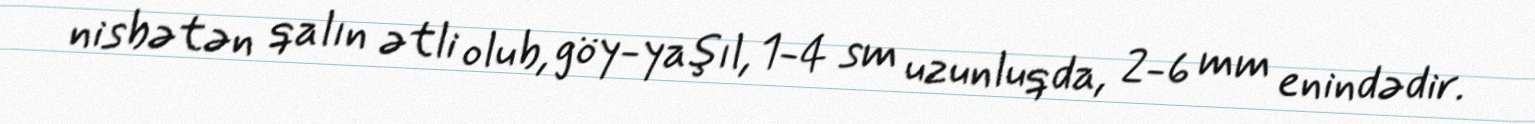
nisbətən qalın ətli olub, göy-yaşıl, 1-4 sm uzunluqda, 2-6 mm enindədir.